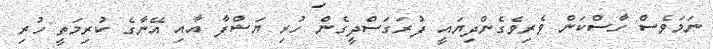
ނަމަވެސް ހާސްކަން ވެރިވެގެންދިޔައީ ފުރަގަސްދީގެން ހުރި ޔަޝްފާ އާއި އޭނާގެ ކުރިމަތީ ހުރި